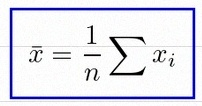
\bar{x}=\frac1n\sum x_i